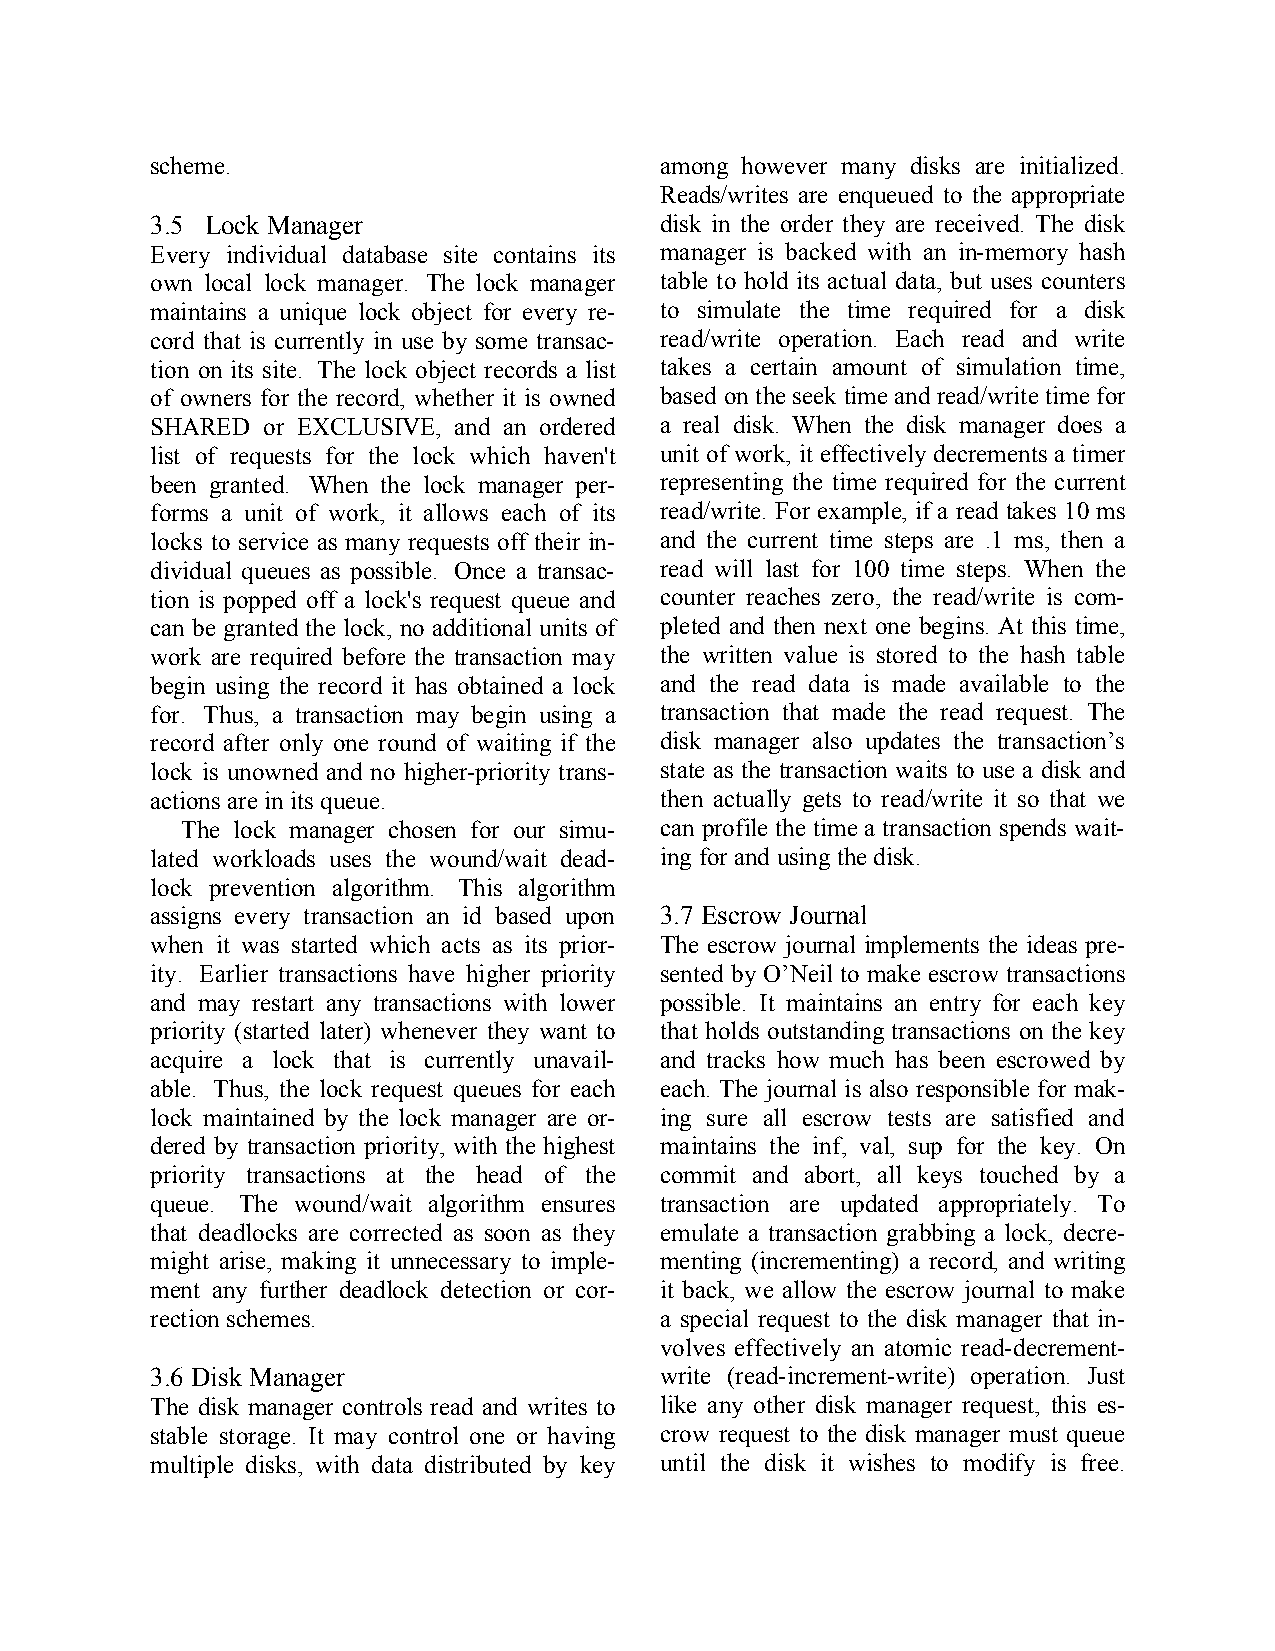
scheme.                           among however many disks are initialized.
 Reads/writes are enqueued to the appropriate
 3.5 Lock Manager                  disk in the order they are received. The disk
 Every individual database site contains its manager is backed with an in-memory hash
 own local lock manager. The lock manager table to hold its actual data, but uses counters
 maintains a unique lock object for every re- to simulate the time required for a disk
 cord that is currently in use by some transac- read/write operation. Each read and write
 tion on its site. The lock object records a list takes a certain amount of simulation time,
 of owners for the record, whether it is owned based on the seek time and read/write time for
 SHARED or EXCLUSIVE, and an ordered a real disk. When the disk manager does a
 list of requests for the lock which haven't unit of work, it effectively decrements a timer
 been granted. When the lock manager per- representing the time required for the current
 forms a unit of work, it allows each of its read/write. For example, if a read takes 10 ms
 locks to service as many requests off their in- and the current time steps are .1 ms, then a
 dividual queues as possible. Once a transac- read will last for 100 time steps. When the
 tion is popped off a lock's request queue and counter reaches zero, the read/write is com-
 can be granted the lock, no additional units of pleted and then next one begins. At this time,
 work are required before the transaction may the written value is stored to the hash table
 begin using the record it has obtained a lock and the read data is made available to the
 for. Thus, a transaction may begin using a transaction that made the read request. The
 record after only one round of waiting if the disk manager also updates the transaction’s
 lock is unowned and no higher-priority trans- state as the transaction waits to use a disk and
 actions are in its queue.         then actually gets to read/write it so that we
 The lock manager chosen for our simu- can profile the time a transaction spends wait-
 lated workloads uses the wound/wait dead- ing for and using the disk.
 lock prevention algorithm. This algorithm
 assigns every transaction an id based upon 3.7 Escrow Journal
 when it was started which acts as its prior- The escrow journal implements the ideas pre-
 ity. Earlier transactions have higher priority sented by O’Neil to make escrow transactions
 and may restart any transactions with lower possible. It maintains an entry for each key
 priority (started later) whenever they want to that holds outstanding transactions on the key
 acquire a lock that is currently unavail- and tracks how much has been escrowed by
 able. Thus, the lock request queues for each each. The journal is also responsible for mak-
 lock maintained by the lock manager are or- ing sure all escrow tests are satisfied and
 dered by transaction priority, with the highest maintains the inf, val, sup for the key. On
 priority transactions at the head of the commit and abort, all keys touched by a
 queue. The wound/wait algorithm ensures transaction are updated appropriately. To
 that deadlocks are corrected as soon as they emulate a transaction grabbing a lock, decre-
 might arise, making it unnecessary to imple- menting (incrementing) a record, and writing
 ment any further deadlock detection or cor- it back, we allow the escrow journal to make
 rection schemes.                  a special request to the disk manager that in-
 volves effectively an atomic read-decrement-
 3.6 Disk Manager                  write (read-increment-write) operation. Just
 The disk manager controls read and writes to like any other disk manager request, this es-
 stable storage. It may control one or having crow request to the disk manager must queue
 multiple disks, with data distributed by key until the disk it wishes to modify is free.